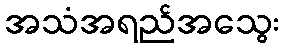
အသံအရည်အသွေး